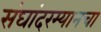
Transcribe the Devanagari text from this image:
संघांदरम्यानचा